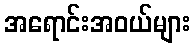
အရောင်းအဝယ်များ